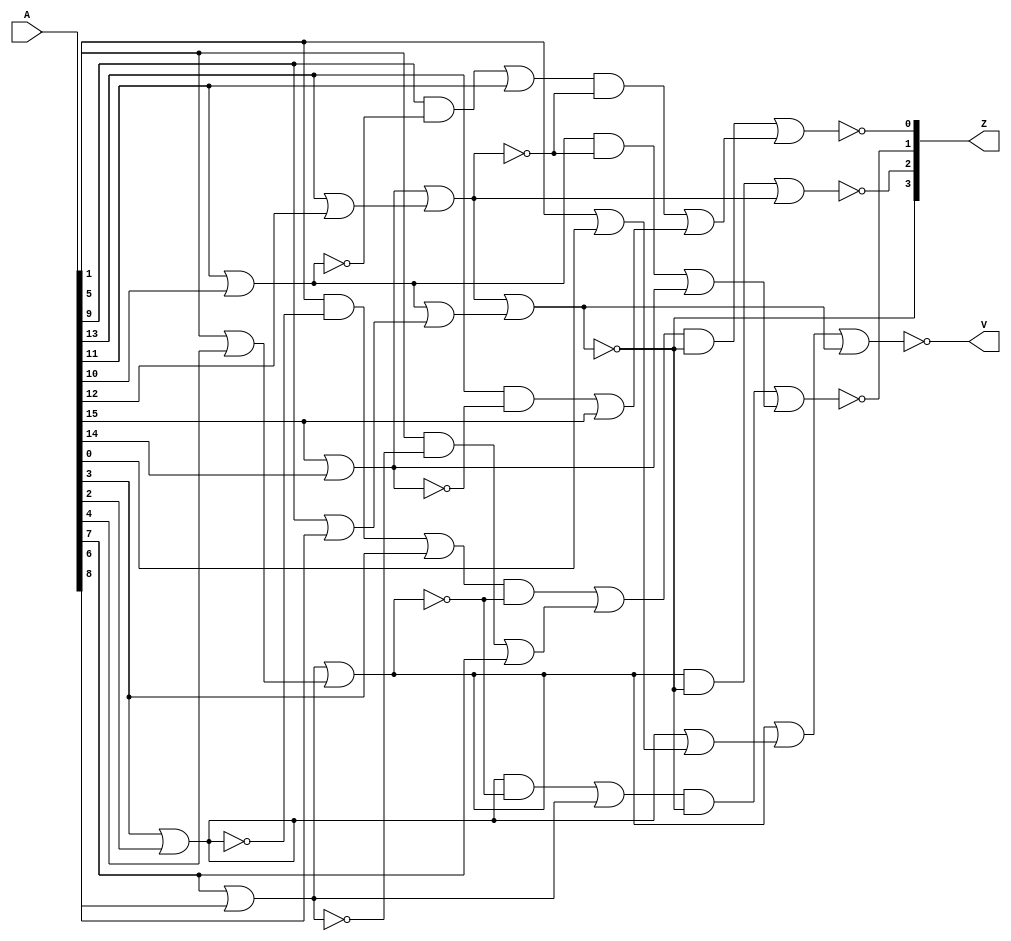
// zero_counter_16.v

// Kullanilan algoritma belirtilen makalede anlatilmaktadir.
// https://ieeexplore.ieee.org/abstract/document/4539802
// Low-Power Leading-Zero Counting and Anticipation Logic for High-Speed Floating Point Units

module zero_counter_16(
   input  wire [15:0] A,
   output reg [ 3:0] Z,
   output reg V
);

   integer i;
   reg [7:0] C0;
   reg [3:0] C1;
   reg [3:0] D0;
   reg t0;
   reg t1;
   reg t2;
   reg t3;
   reg e0;
   reg e1;
   always @(*) begin
      for(i=0;i<8;i=i+1)begin
         C0[i] = (A[(i*2)+1]|A[(i*2)]);
      end
      for(i=0;i<4;i=i+1)begin
         C1[i] = (C0[(i*2)+1]|C0[(i*2)]);
      end
      for(i=0;i<4;i=i+1)begin
         D0[i] = ((A[(i*4)+1]&~C0[(2*i)+1])|A[(i*4)+3]);
      end
      
      t0 = ((C0[1]&~C1[1])|C0[3]);
      t1 = ((D0[0]&~C1[1])|D0[1]);
      
      t2 = ((C0[5]&~C1[3])|C0[7]);
      t3 = ((D0[2]&~C1[3])|D0[3]);
      
      e0 = C1[1]|C1[0];
      e1 = C1[3]|C1[2];
      
      V = ~(e0|e1);
      
      Z[3] = ~e1;
      Z[2] = ~((C1[1]&~e1)|C1[3]);
      Z[1] = ~((t0   &~e1)|t2   );
      Z[0] = ~((t1   &~e1)|t3   );
   end

endmodule